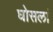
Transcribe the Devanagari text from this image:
घोसलां